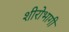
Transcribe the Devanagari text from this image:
शीरोभागी